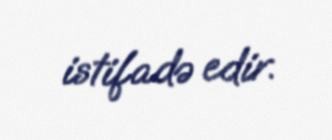
istifadə edir.